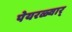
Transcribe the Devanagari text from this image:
पेयरळ्वार्